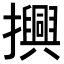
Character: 𢸾